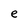
Character: e